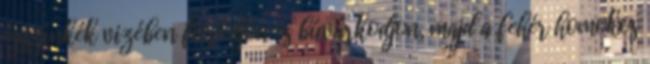
égszínkék vizében fürödjön és búvárkodjon, majd a fehér homokos